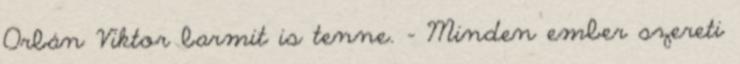
Orbán Viktor barmit is tenne. - Minden ember szereti